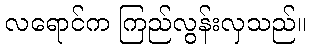
လရောင်က ကြည်လွန်းလှသည်။